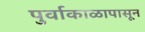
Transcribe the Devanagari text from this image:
पुर्वाकाळापासून